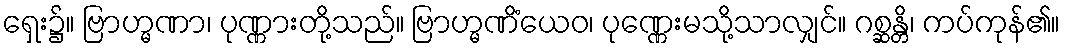
ရှေး၌။ ဗြာဟ္မဏာ၊ ပုဏ္ဏားတို့သည်။ ဗြာဟ္မဏိံယေဝ၊ ပုဏ္ဏေးမသို့သာလျှင်။ ဂစ္ဆန္တိ၊ ကပ်ကုန်၏။